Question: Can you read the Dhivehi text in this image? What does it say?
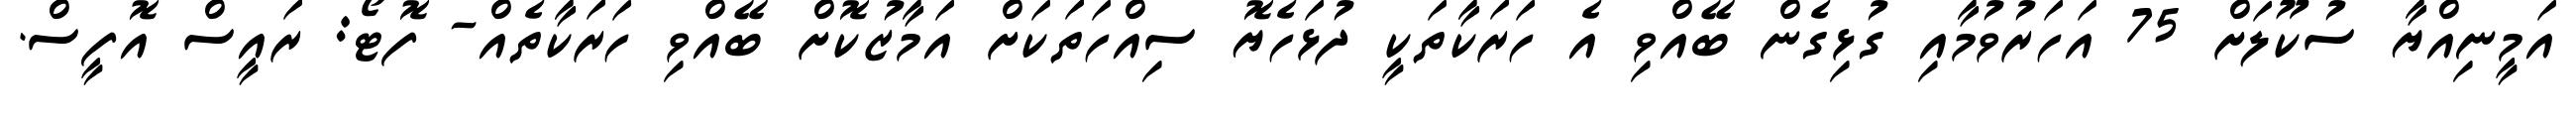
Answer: އަމީނިއްޔާ ސުކޫލަށް 75 އަހަރުވުމާއި ގުޅިގެން ބޭއްވި އެ ހަރަކާތަކީ ދުޅަހެޔޮ ސިއްހަތަކަށް އަމާޒުކޮށް ބޭއްވި ހަރަކާތެއް- ފޮޓޯ: ރައީސް އޮފީސް.